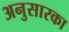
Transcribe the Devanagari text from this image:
अनुसारका